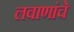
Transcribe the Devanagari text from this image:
लवाणांचे